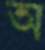
অ